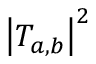
{ \left| T _ { a , b } \right| } ^ { 2 }